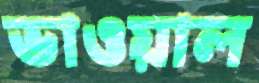
ভাওয়াল